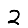
Digit: 2